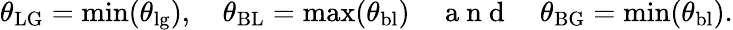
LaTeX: \theta_{\mathrm{LG}}=\operatorname*{min}(\theta_{\mathrm{lg}}),\quad\theta_{\mathrm{BL}}=\operatorname*{max}(\theta_{\mathrm{bl}})\quad\mathrm{~a~n~d~}\quad\theta_{\mathrm{BG}}=\operatorname*{min}(\theta_{\mathrm{bl}}).